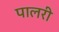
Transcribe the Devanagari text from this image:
पालरी